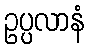
ဥပ္ပလာနံ